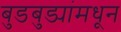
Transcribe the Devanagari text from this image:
बुडबुड्यांमधून